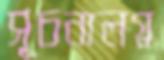
সূচনালগ্ন